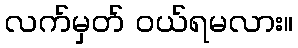
လက်မှတ် ဝယ်ရမလား။